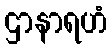
ဌာနာရဟံ